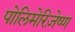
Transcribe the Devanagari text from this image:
पोलिमेरिज़ेष्ण